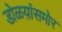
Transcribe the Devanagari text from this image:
डोळय़ांसमोर